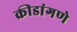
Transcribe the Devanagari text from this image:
क्रीडांगणे